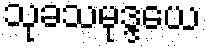
သုခသမုဒ္ဒယေ